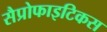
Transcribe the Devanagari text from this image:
सैप्रोफाइटिकस